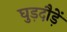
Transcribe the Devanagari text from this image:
घुड़दौड़ें